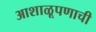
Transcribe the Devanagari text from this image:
आशाळूपणाची